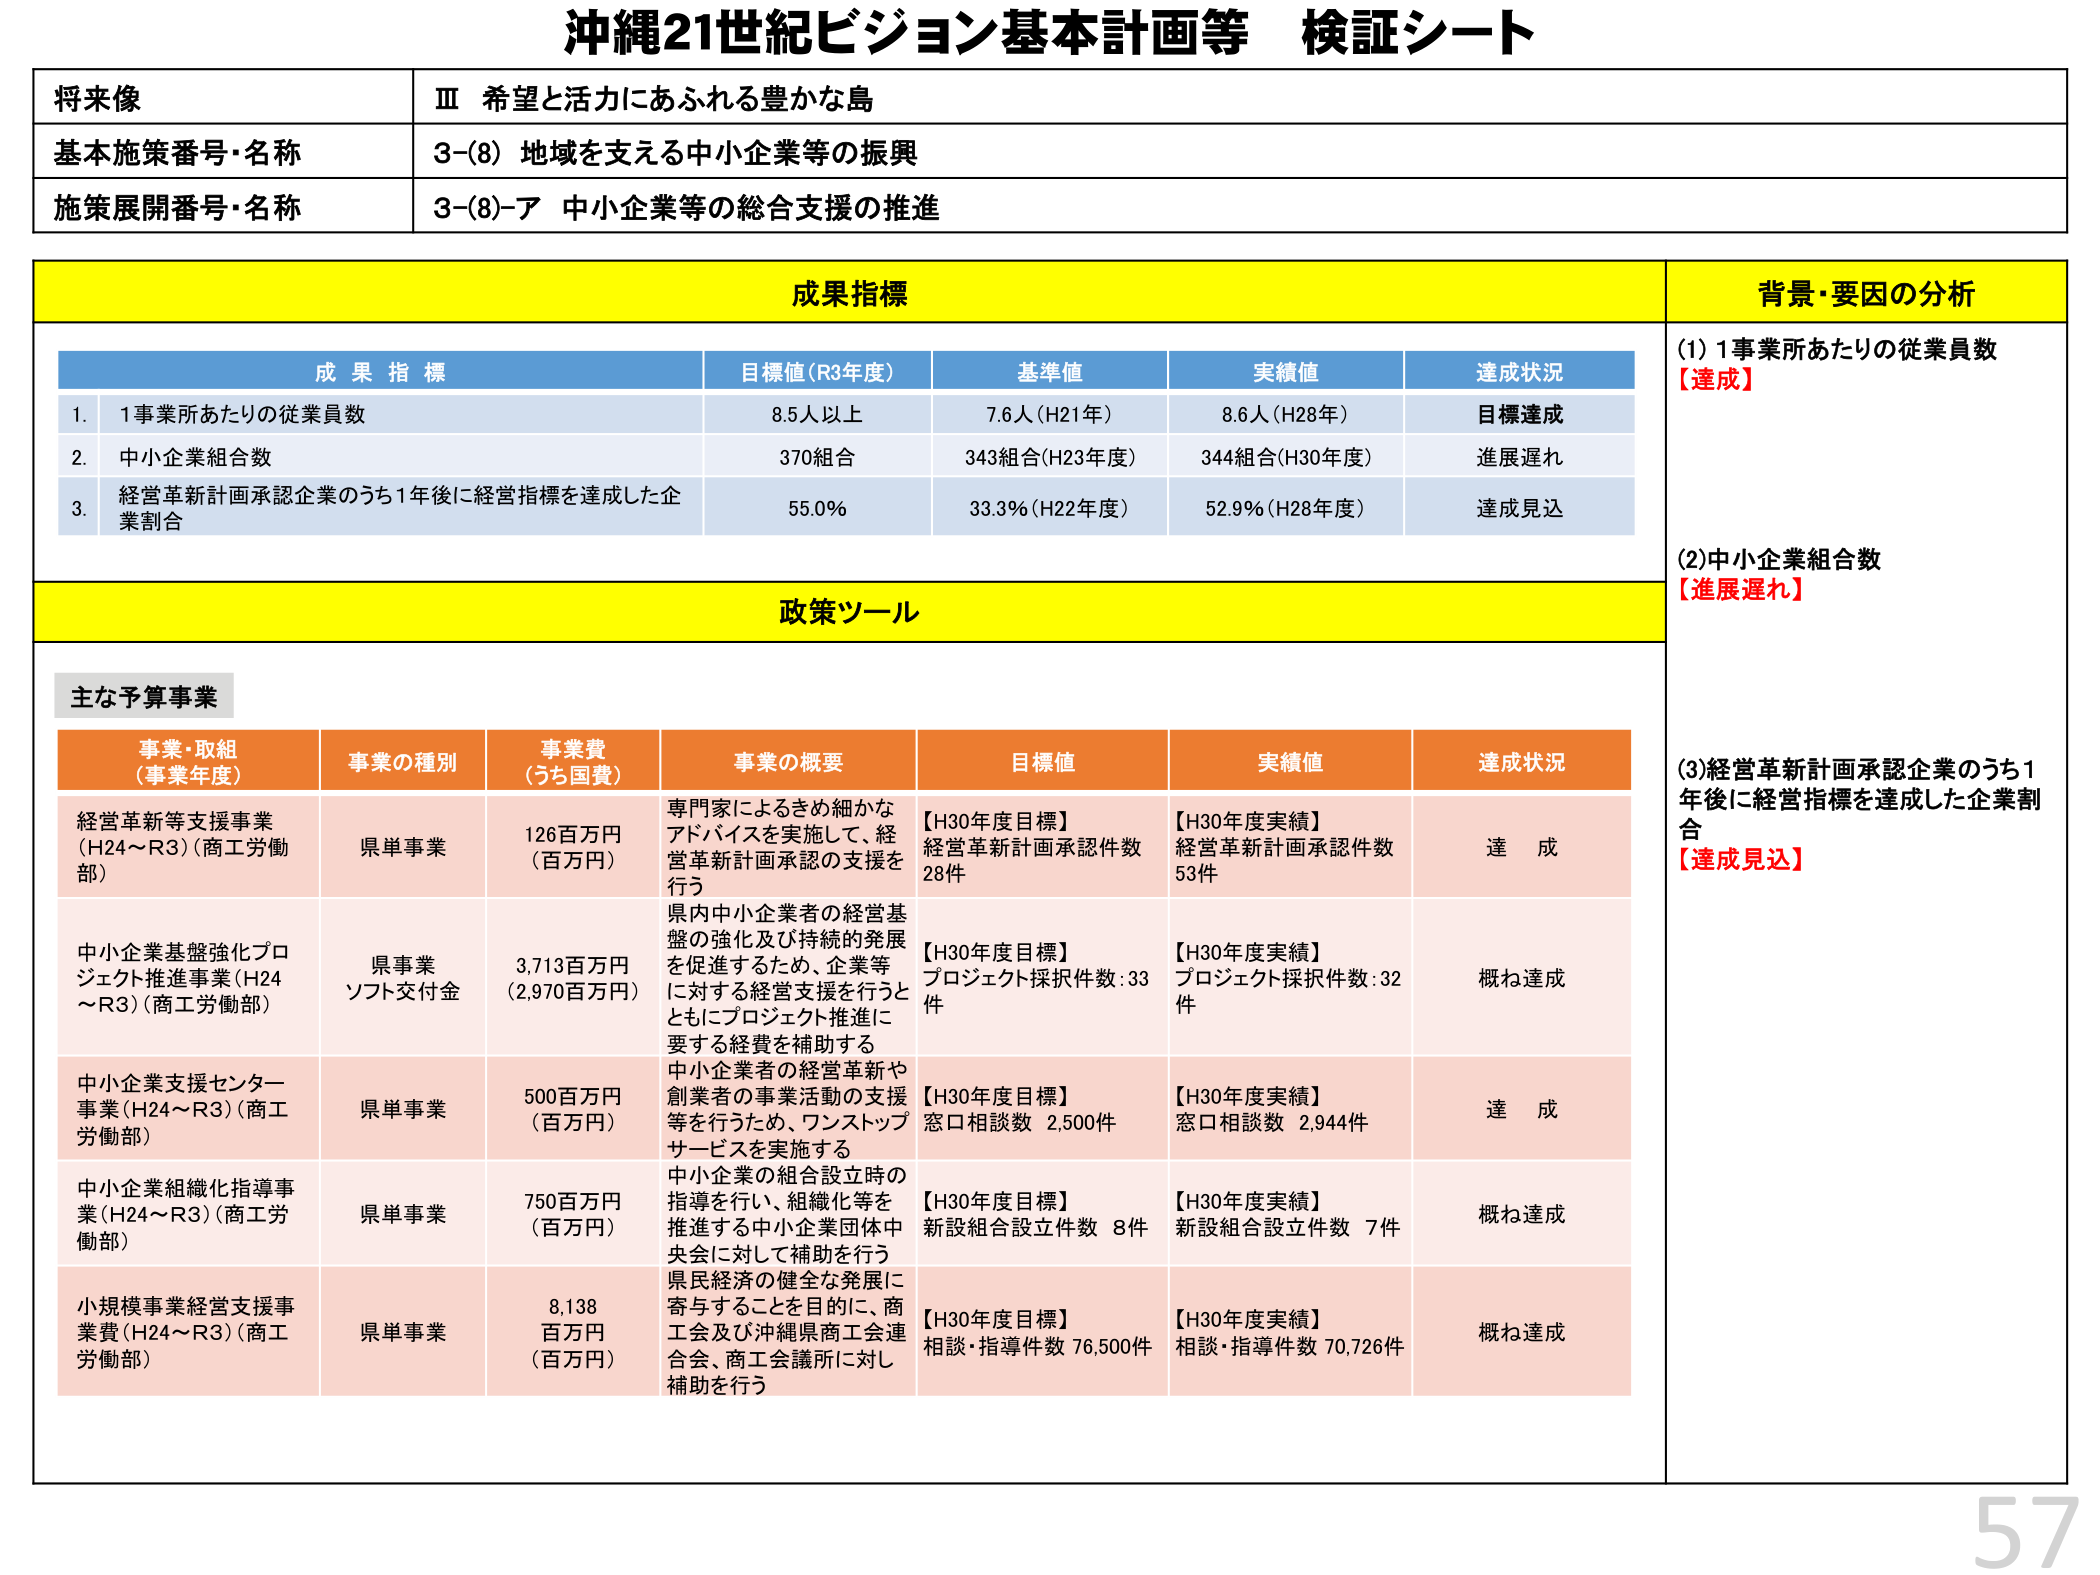
沖縄21世紀ビジョン基本計画等 検証シート

将来像
Ⅲ 希望と活力にあふれる豊かな島

基本施策番号・名称
3-(8) 地域を支える中小企業等の振興

施策展開番号・名称
3-(8)-ア 中小企業等の総合支援の推進

成果指標
背景・要因の分析

成果指標
目標値(R3年度)
基準値
実績値
達成状況

1. 1事業所あたりの従業員数
8.5人以上
7.6人(H21年)
8.6人(H28年)
目標達成

2. 中小企業組合数
370組合
343組合(H23年度)
344組合(H30年度)
進展遅れ

3. 経営革新計画承認企業のうち1年後に経営指標を達成した企業割合
55.0％
33.3％(H22年度)
52.9％(H28年度)
達成見込

(1) 1事業所あたりの従業員数
【達成】

(2) 中小企業組合数
【進展遅れ】

(3) 経営革新計画承認企業のうち1年後に経営指標を達成した企業割合
【達成見込】

政策ツール

主な予算事業

事業・取組（事業年度）
事業の種別
事業費（うち国費）
事業の概要
目標値
実績値
達成状況

経営革新等支援事業（H24～R3）（商工労働部）
県単事業
126百万円（百万円）
専門家によるきめ細かなアドバイスを実施して、経営革新計画承認の支援を行う
【H30年度目標】経営革新計画承認件数 28件
【H30年度実績】経営革新計画承認件数 53件
達成

中小企業基盤強化プロジェクト推進事業（H24～R3）（商工労働部）
県事業ソフト交付金
3,713百万円（2,970百万円）
県内中小企業者の経営基盤の強化及び持続的発展を促進するため、企業等に対する経営支援を行うとともにプロジェクト推進に要する経費を補助する
【H30年度目標】プロジェクト採択件数：33件
【H30年度実績】プロジェクト採択件数：32件
概ね達成

中小企業支援センター事業（H24～R3）（商工労働部）
県単事業
500百万円（百万円）
中小企業者の経営革新や創業者の事業活動の支援等を行うため、ワンストップサービスを実施する
【H30年度目標】窓口相談数 2,500件
【H30年度実績】窓口相談数 2,944件
達成

中小企業組織化指導事業（H24～R3）（商工労働部）
県単事業
750百万円（百万円）
中小企業の組合設立時の指導を行い、組織化等を推進する中小企業団体中央会に対して補助を行う
【H30年度目標】新設組合設立件数 8件
【H30年度実績】新設組合設立件数 7件
概ね達成

小規模事業経営支援事業費（H24～R3）（商工労働部）
県単事業
8,138百万円（百万円）
県民経済の健全な発展に寄与することを目的に、商工会及び沖縄県商工会連合会、商工会議所に対し補助を行う
【H30年度目標】相談・指導件数 76,500件
【H30年度実績】相談・指導件数 70,726件
概ね達成

57